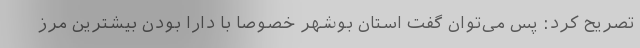
تصریح کرد: پس می­توان گفت استان بوشهر خصوصا با دارا بودن بیشترین مرز